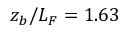
z _ { b } / L _ { F } = 1 . 6 3